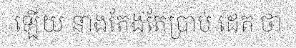
ឡើយ នាងតែងតែប្រាប់ ដេត ថា